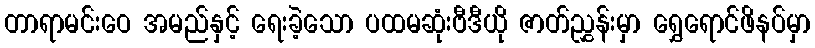
တာရာမင်းဝေ အမည်နှင့် ရေးခဲ့သော ပထမဆုံးဗီဒီယို ဇာတ်ညွှန်းမှာ ရွှေရောင်ဖိနပ်မှာ